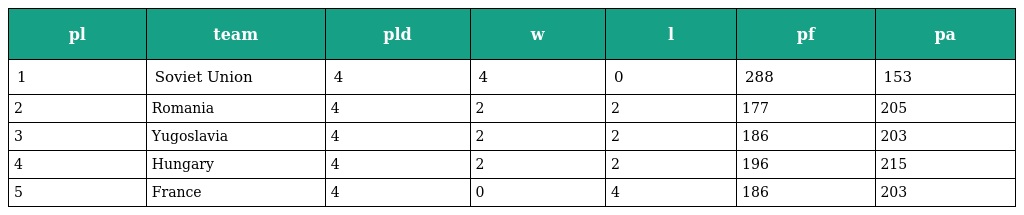
| pl | team | pld | w | l | pf | pa |
 | --- | --- | --- | --- | --- | --- | --- |
 | 1 | Soviet Union | 4 | 4 | 0 | 288 | 153 |
 | 2 | Romania | 4 | 2 | 2 | 177 | 205 |
 | 3 | Yugoslavia | 4 | 2 | 2 | 186 | 203 |
 | 4 | Hungary | 4 | 2 | 2 | 196 | 215 |
 | 5 | France | 4 | 0 | 4 | 186 | 203 |